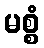
မစ္စံ